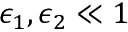
\epsilon _ { 1 } , \epsilon _ { 2 } \ll 1